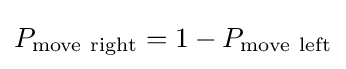
P_{\mathrm {move~right} }=1-P_{\mathrm {move~left} }